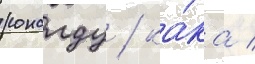
роналду / ка́ка /